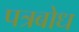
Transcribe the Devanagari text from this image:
पत्रबोध